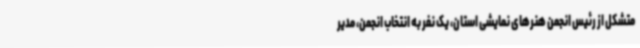
متشکل از رئیس انجمن هنرهای نمایشی استان، یک نفر به انتخاب انجمن، مدیر